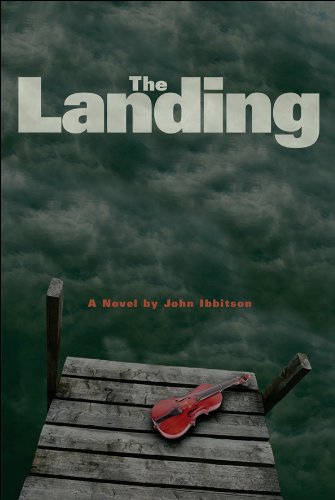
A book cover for The Landing; John Ibbitson; Teen & Young Adult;